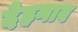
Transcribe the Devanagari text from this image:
देहगाव